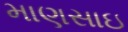
માણસાઇ